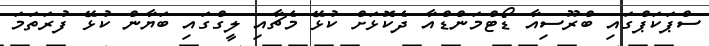
ސްޕަކަޕްގައި ބްރޫސިއާ ޑޯޓްމަންޑްއާ ދެކޮޅަށް ކުޅޭ މެޗާއި ލީގްގައި ބަޔާން ކުޅޭ ފުރަތަމަ